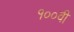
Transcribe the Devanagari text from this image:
१००वी